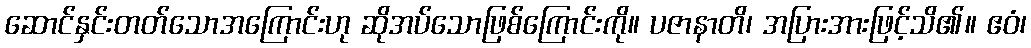
ဆောင်နှင်းတတ်သောအကြောင်းဟု ဆိုအပ်သောဖြစ်ကြောင်းကို။ ပဇာနာတိ၊ အပြားအားဖြင့်သိ၏။ ဧဝံ၊